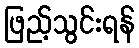
ဖြည့်သွင်းရန်